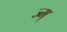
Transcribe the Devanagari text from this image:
ज्म्